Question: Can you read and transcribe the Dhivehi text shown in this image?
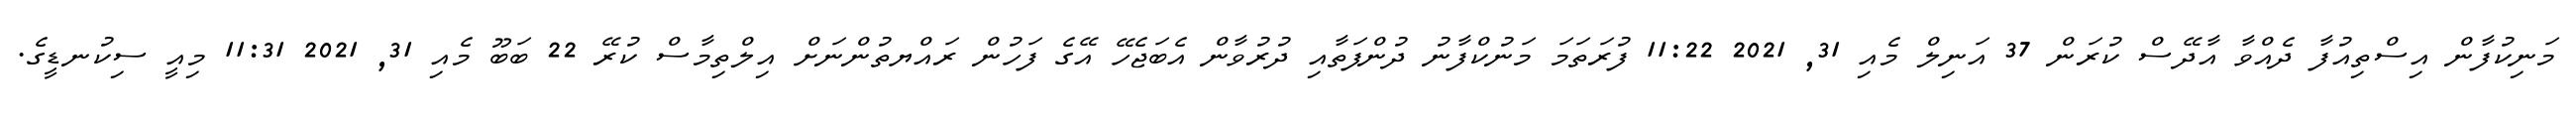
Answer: މަނިކުފާން އިސްތިއުފާ ދެއްވާ އާދޭސް ކުރަން 37 އަނިލް މެއި 31, 2021 11:22 ފުރަތަމަ މަނުކްފާނު ދުންފަތާއި ދުރުވާން އެބަޖެހޭ އޭގެ ފަހުން ރައްޔތުންނަށް އިލްތިމާސް ކުރޭ 22 ބަބޫ މެއި 31, 2021 11:31 މިއީ ސިކުނޑީގެ.